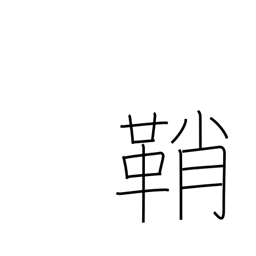
Meaning: case